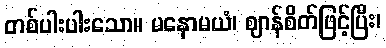
တစ်ပါးပါးသော။ မနောမယံ၊ ဈာန်စိတ်ဖြင့်ပြီး၊